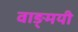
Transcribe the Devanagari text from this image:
वाङ्मयी